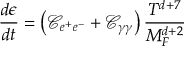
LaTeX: \frac { d \epsilon } { d t } = \left( { \mathcal { C } } _ { e ^ { + } e ^ { - } } + { \mathcal { C } } _ { \gamma \gamma } \right) \frac { T ^ { d + 7 } } { M _ { F } ^ { d + 2 } }